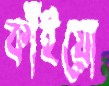
কাঁইয়ো